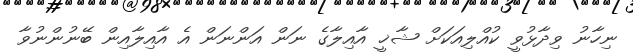
ނިހާނު ވިދާޅުވީ ކުއްލިއަކަށް ޝާޚީ އާއިލާގެ ނަން އަންނަން އެ އާއިލާއިން ބޭނުންނުވާ